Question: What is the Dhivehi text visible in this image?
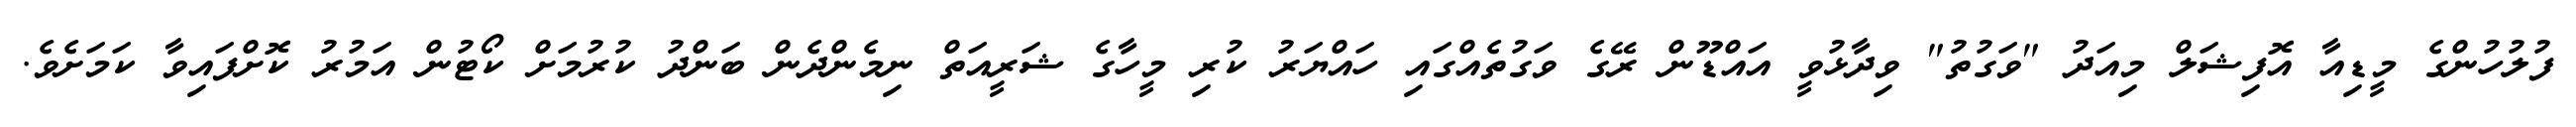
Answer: ފުލުހުންގެ މީޑިއާ އޮފިޝަލް މިއަދު "ވަގުތު" ވިދާޅުވީ އައްޑޫން ރޭގެ ވަގުތެއްގައި ހައްޔަރު ކުރި މީހާގެ ޝަރީއަތް ނިމެންދެން ބަންދު ކުރުމަށް ކޯޓުން އަމުރު ކޮށްފައިވާ ކަމަށެވެ.